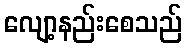
လျော့နည်းစေသည်